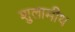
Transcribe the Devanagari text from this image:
शुलामीथ